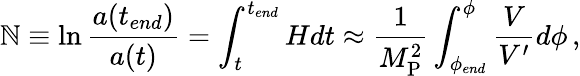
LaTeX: \mathbb{N}\equiv\ln\frac{{a(t_{end})}}{{a(t)}}=\int_{t}^{t_{end}}Hdt\approx\frac{{1}}{{M_{\mathrm{{P}}}^{2}}}\int_{\phi_{end}}^{\phi}\frac{{V}}{{V^{\prime}}}d\phi\, ,